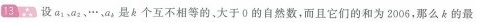
13 ∴ 设 a_{1} 、a_{2}、… 、a_{b} 是 k 个互不相等的、大于 0 的自然数，而且它们的和为 2006，那么 k 的最